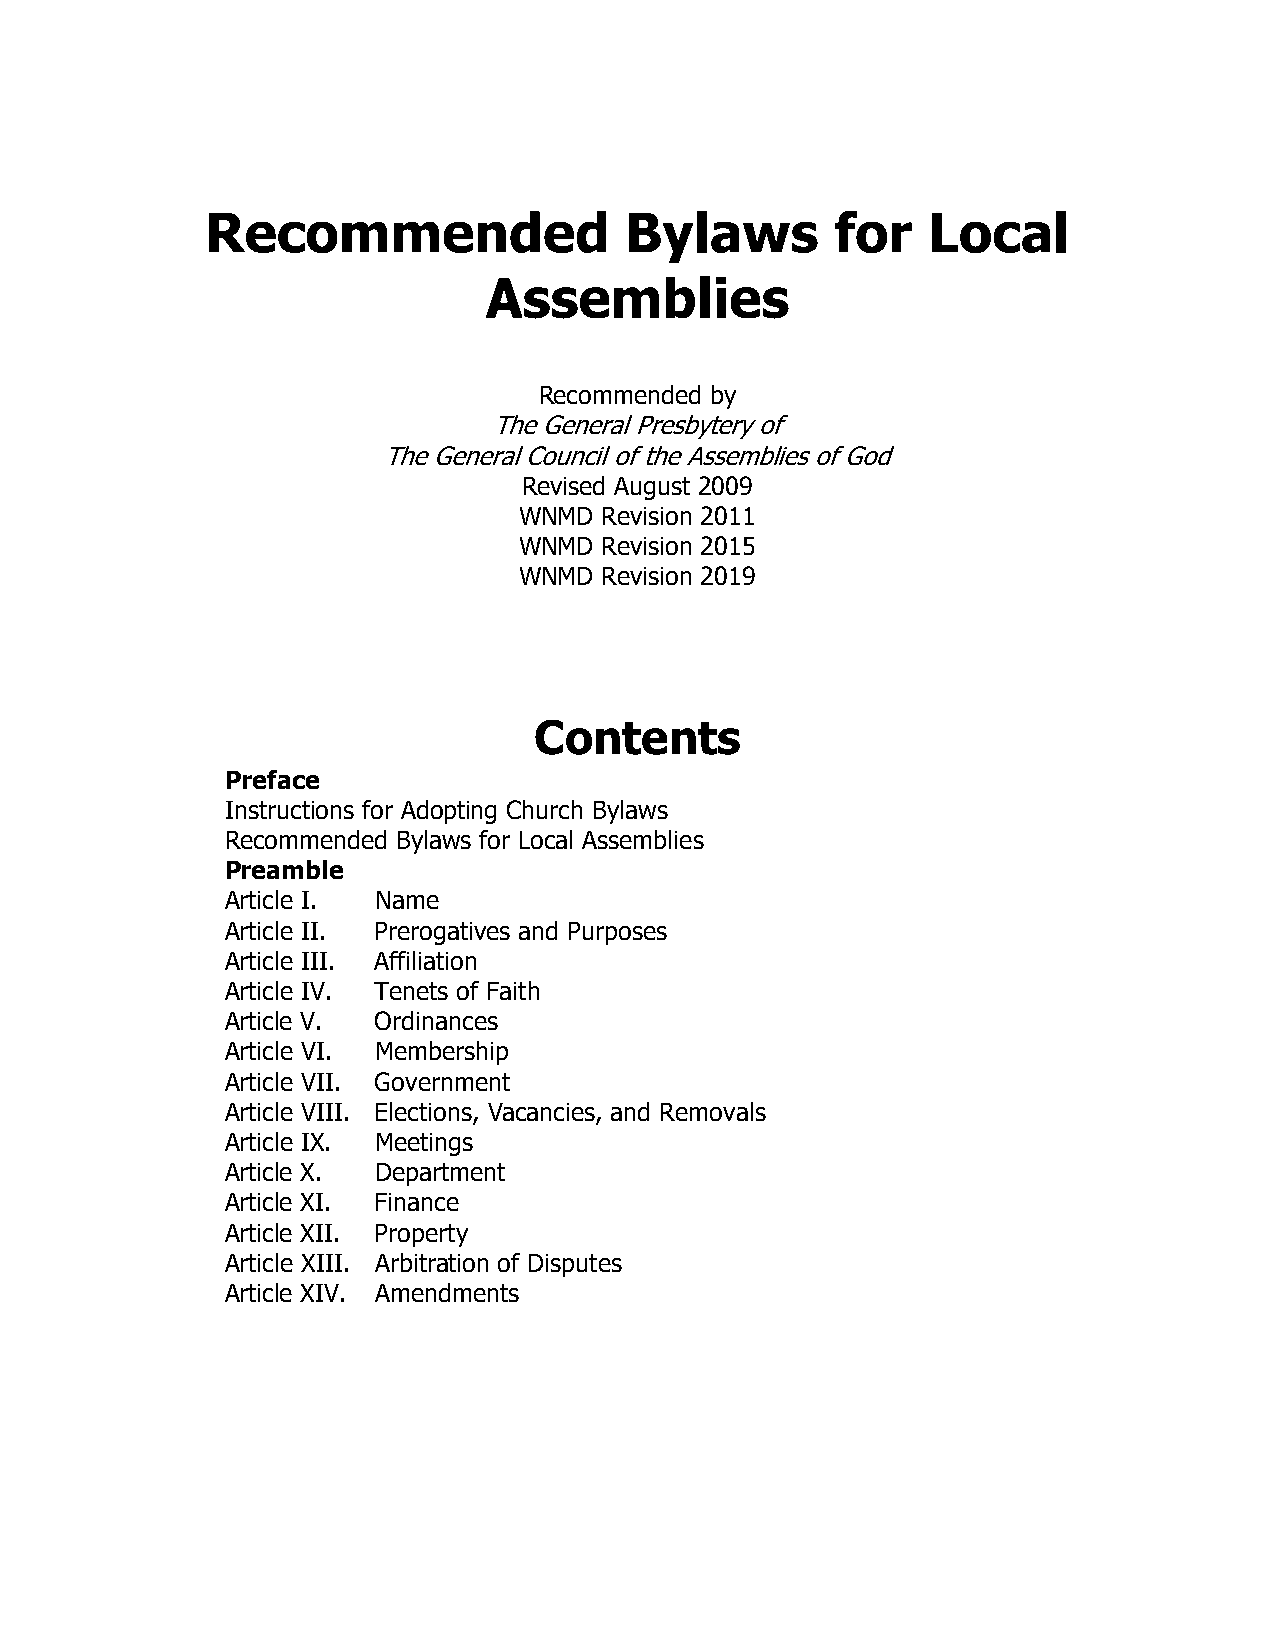
Recommended                Bylaws        for   Local
 Assemblies
 Recommended by
 The General Presbytery of
 The General Council of the Assemblies of God
 Revised August 2009
 WNMD  Revision 2011
 WNMD  Revision 2015
 WNMD  Revision 2019
 Contents
 Preface
 Instructions for Adopting Church Bylaws
 Recommended Bylaws for Local Assemblies
 Preamble
 Article I. Name
 Article II. Prerogatives and Purposes
 Article III. Affiliation
 Article IV. Tenets of Faith
 Article V. Ordinances
 Article VI. Membership
 Article VII. Government
 Article VIII. Elections, Vacancies, and Removals
 Article IX. Meetings
 Article X. Department
 Article XI. Finance
 Article XII. Property
 Article XIII. Arbitration of Disputes
 Article XIV. Amendments